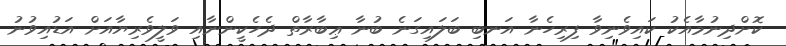
ކޮށްދިނުމާއެކު ކައިވެނިވާ ފިރިހެނާ އަނބި ބަލައިގަނެ ބުނާ ޢިބާރާތް ދެހެކީންނާއި ވަލީވެރިޔާއަށް އަޑުއިވުނު